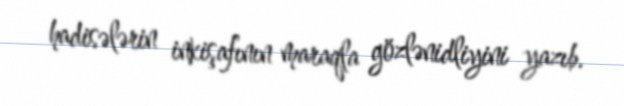
hadisələrin inkişafının maraqla gözlənidliyini yazıb.